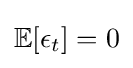
\mathbb {E} [\epsilon _{t}]=0